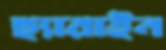
ছ্যারাইন